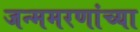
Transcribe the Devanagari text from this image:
जन्ममरणांच्या